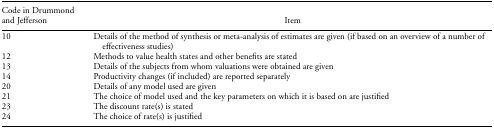
<table><thead><tr><td><b>Code in Drummond and Jefferson</b></td><td><b>Item</b></td></tr></thead><tbody><tr><td>10</td><td>Details of the method of synthesis or meta-analysis of estimates are given (if based on an overview of a number of effectiveness studies)</td></tr><tr><td>12</td><td>Methods to value health states and other benefits are stated</td></tr><tr><td>13</td><td>Details of the subjects from whom valuations were obtained are given</td></tr><tr><td>14</td><td>Productivity changes (if included) are reported separately</td></tr><tr><td>20</td><td>Details of any model used are given</td></tr><tr><td>21</td><td>The choice of model used and the key parameters on which it is based on are justified</td></tr><tr><td>23</td><td>The discount rate(s) is stated</td></tr><tr><td>24</td><td>The choice of rate(s) is justified</td></tr></tbody></table>